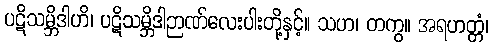
ပဋိသမ္ဘိဒါဟိ၊ ပဋိသမ္ဘိဒါဉာဏ်လေးပါးတို့နှင့်။ သဟ၊ တကွ။ အရဟတ္တံ၊